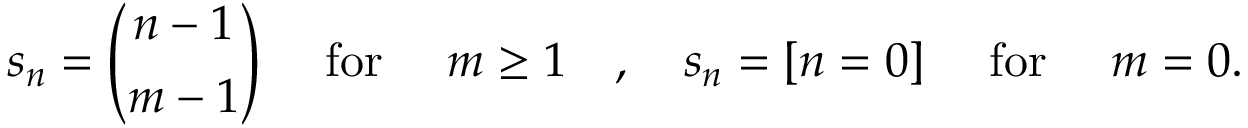
s _ { n } = { \binom { n - 1 } { m - 1 } } \quad { \mathrm { ~ f o r ~ } } \quad m \geq 1 \quad , \quad s _ { n } = [ n = 0 ] \quad { \mathrm { ~ f o r ~ } } \quad m = 0 .